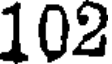
102